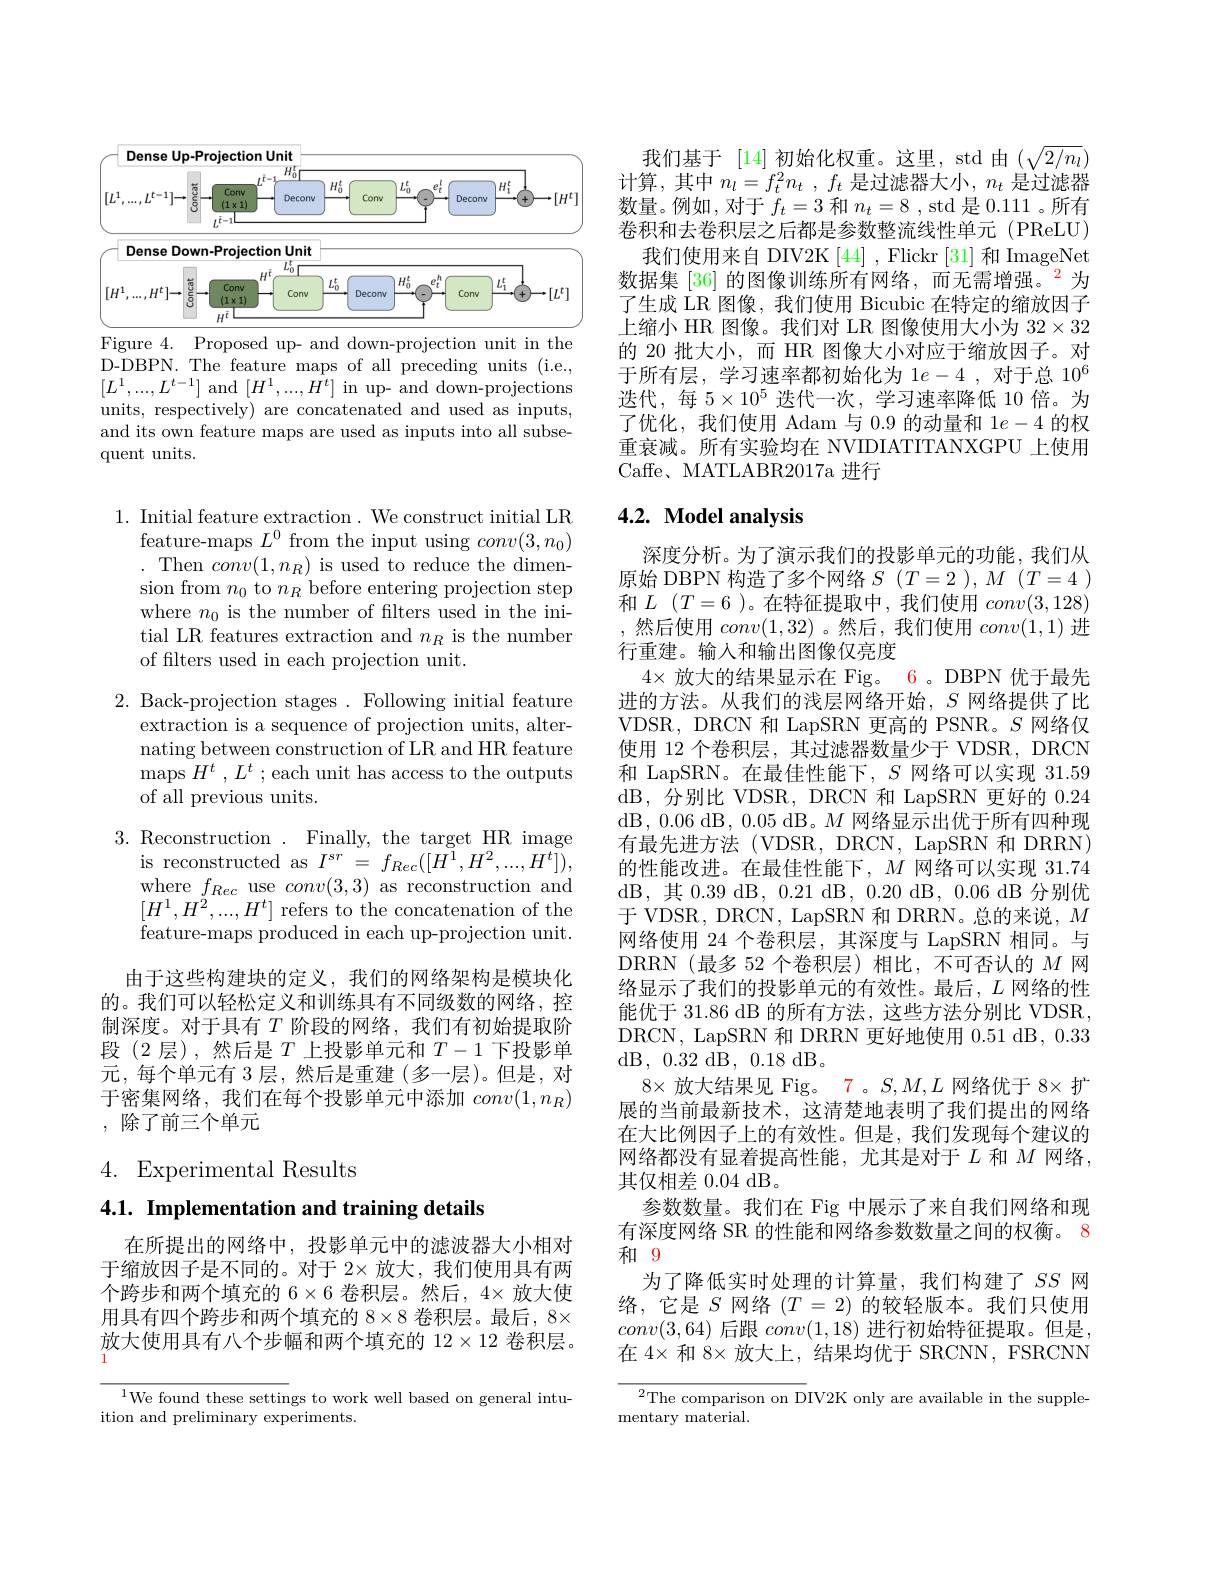
<FigureHere>
Figure 4. Proposed up- and down-projection unit in the

D-DBPN. The feature maps of all preceding units (i.e., $[L^1,...,L^{t-1}]$ and $[H^1,...,\hat{H^t}]$ in up- and down-projections units, respectively) are concatenated and used as inputs, and its own feature maps are used as inputs into all subsequent units.

1. Initial feature extraction. We construct initial LR
feature-maps $L^0$ from the input using $conv(3,n_0)$ .Then $conv(1,n_R)$ is used to reduce the dimension from $n_0$ to $n_R$ before entering projection step where $n_0$ is the number of flters used in the initial LR features extraction and $n_R$ is the number of filters used in each projection unit.

2. Back-projection stages. Following initial feature
extraction is a sequence of projection units, alternating between construction of LR and HR feature maps $H^t,L^t$ ; each unit has access to the outputs of all previous units.

3. Reconstruction. Finally, the target HR image
is reconstructed as $I^{sr}= f_{Rec}( [ \bar{H^{1}} , H^{2}, . . . , H^{t}] ) $, where $f_{Rec}$ use $conv(3,3)$ as reconstruction and $[H^{1},H^{2},...,H^{t}]$ refers to the concatenation of the feature-maps produced in each up-projection unit.

由于这些构建块的定义，我们的网络架构是模块化的。我们可以轻松定义和训练具有不同级数的网络，控制深度。对于具有$T$阶段的网络，我们有初始提取阶段(2层),然后是$T$上投影单元和$T-1$下投影单元，每个单元有 3 层，然后是重建 (多一层)。但是，对于密集网络，我们在每个投影单元中添加$conv(1,n_R)$ ,除了前三个单元

4. Experimental Results

4.1. Implementation and training details

在所提出的网络中，投影单元中的滤波器大小相对于缩放因子是不同的。对于 2× 放大，我们使用具有两个跨步和两个填充的$6\times6$卷积层。然后，4× 放大使用具有四个跨步和两个填充的$8\times8$卷积层。最后，8× 放大使用具有八个步幅和两个填充的 12$\times12$卷积层。

$^{1}$We found these settings to work well based on general intu-
ition and preliminary experiments.

我们基于 [14]初始化权重。这里，std 由$(\sqrt{2/n_l})$ 计算，其中$n_l= f_t^2n_t$ , $f_t$是过滤器大小，$n_t$是过滤器数量。例如，对于$f_t=3$和$n_t=8$ , std 是0.111 。所有卷积和去卷积层之后都是参数整流线性单元(PReLU)
我们使用来自 DIV2K [44], Flickr [31]和 ImageNet 数据集[36]的图像训练所有网络，而无需增强。$^{2}$为了生成 LR 图像，我们使用 Bicubic 在特定的缩放因子上缩小 HR 图像。我们对 LR 图像使用大小为$32\times32$ 的 20 批大小，而 HR 图像大小对应于缩放因子。对于所有层，学习速率都初始化为 1$e-4$ ,对于总 10$^6$ 迭代，每$5\times10^5$迭代一次，学习速率降低 10 倍。为了优化，我们使用 Adam 与0.9的动量和$1e-4$的权重衰减。所有实验均在 NVIDIATITANXGPU 上使用Caffe、MATLABR2017a 进行

## 4.2. Model analysis

深度分析。为了演示我们的投影单元的功能，我们从原始 DBPN 构造了多个网络$S$ $(T=2),M$ $(T=4)$ 和$L$ $( T= 6$ )。在特征提取中，我们使用$conv(3,128)$ ,然后使用$conv(1,32)$ 。然后，我们使用$conv(1,1)$进行重建。输入和输出图像仅亮度
$4\times$放大的结果显示在 Fig。6。DBPN 优于最先进的方法。从我们的浅层网络开始，$S$网络提供了比VDSR, DRCN 和 LapSRN 更高的 PSNR。$S$网络仅使用 12 个卷积层，其过滤器数量少于 VDSR, DRCN 和 LapSRN。在最佳性能下，$S$网络可以实现 31.59 dB,分别比 VDSR, DRCN 和 LapSRN 更好的0.24 dB, 0.06 dB, 0.05 dB。$M$网络显示出优于所有四种现有最先进方法(VDSR,DRCN,LapSRN 和 DRRN) 的性能改进。在最佳性能下，$M$网络可以实现 31.74 dB,其0.39dB,0.21dB,0.20dB,0.06dB分别优于 VDSR, DRCN, LapSRN 和 DRRN。总的来说，$M$ 网络使用 24 个卷积层，其深度与 LapSRN 相同。与DRRN(最多 52 个卷积层)相比，不可否认的$M$网络显示了我们的投影单元的有效性。最后，$L$网络的性能优于 31.86 dB 的所有方法，这些方法分别比 VDSR, DRCN, LapSRN 和 DRRN 更好地使用 0.51 dB, 0.33 ${\mathrm{dB}},{0.32}{\mathrm{dB}},{0.18}{\mathrm{dB}}$。
$8\times$放大结果见 Fig。7。$S,M,L$网络优于$8\times$扩展的当前最新技术，这清楚地表明了我们提出的网络在大比例因子上的有效性。但是，我们发现每个建议的网络都没有显着提高性能，尤其是对于$L$和$M$网络， 其仅相差0.04 dB。
参数数量。我们在 Fig 中展示了来自我们网络和现有深度网络 SR 的性能和网络参数数量之间的权衡。8和 9
为了降低实时处理的计算量，我们构建了$SS$网络，它是$S$网络$(T=2)$的较轻版本。我们只使用$conv(3,64)$后跟$conv(1,18)$进行初始特征提取。但是

在 4× 和 8× 放大上，结果均优于 SRCNN, FSRCNN

$^{2}$The comparison on DIV2K only are available in the supple-
mentary material.